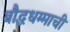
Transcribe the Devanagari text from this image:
बौद्धधम्माची